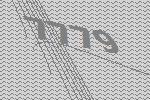
7779